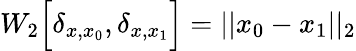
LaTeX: W_{2}\Big[\delta_{x,x_{0}},\delta_{x,x_{1}}\Big]=||x_{0}-x_{1}||_{2}